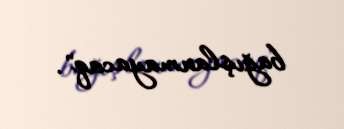
bağışlanmayacaq".